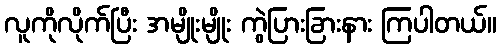
လူကိုလိုက်ပြီး အမျိုးမျိုး ကွဲပြားခြားနား ကြပါတယ်။